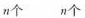
n个 n个